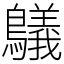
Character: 鸃